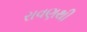
રાવણથી